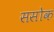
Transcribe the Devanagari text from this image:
ससोक